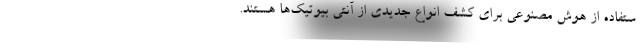
ستفاده از هوش مصنوعی برای کشف انواع جدیدی از آنتی بیوتیک‌ها هستند.